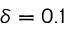
\delta = 0 . 1